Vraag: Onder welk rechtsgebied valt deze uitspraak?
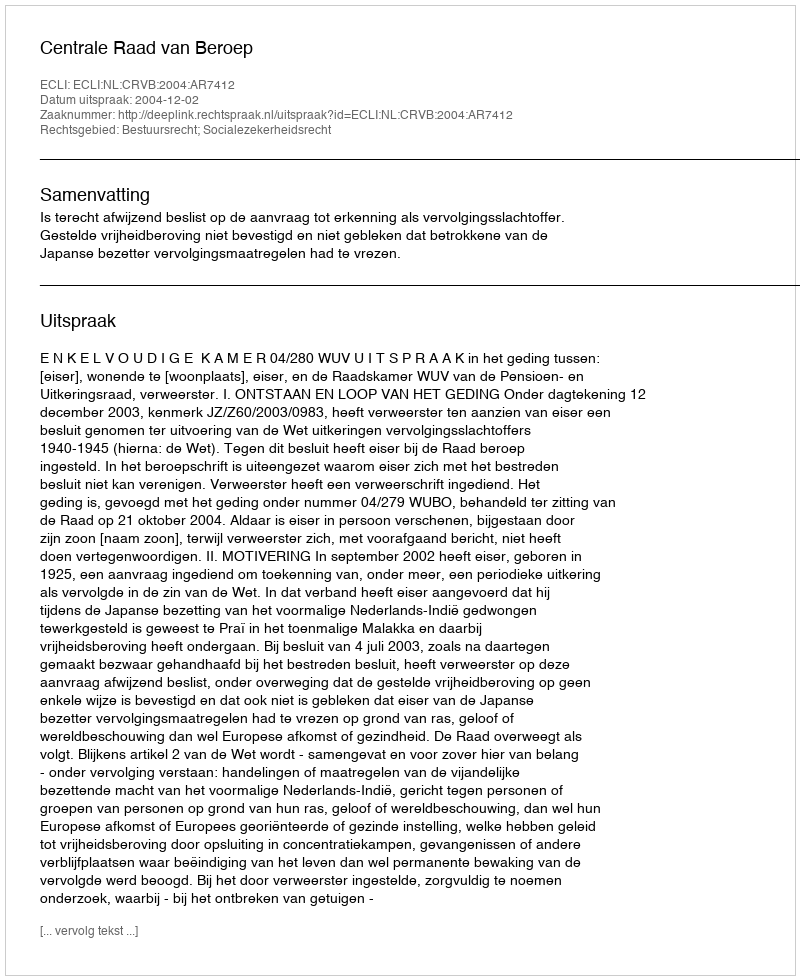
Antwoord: Bestuursrecht; Socialezekerheidsrecht